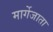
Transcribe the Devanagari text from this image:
मार्गेजाता